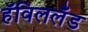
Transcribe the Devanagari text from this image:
हॅविललँड